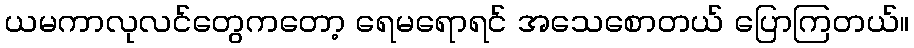
ယမကာလုလင်တွေကတော့ ရေမရောရင် အသေစောတယ် ပြောကြတယ်။